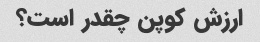
ارزش کوپن چقدر است؟